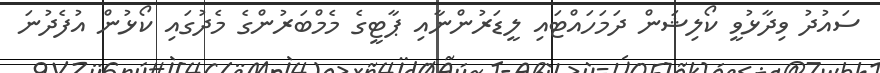
ސައުދު ވިދާޅުވީ ކޯލިޝަން ދަމަހައްޓައި ލީޑަރުންނާއި ޕާޓީގެ މެމްބަރުންގެ މެދުގައި ކޯޅުން އުފެދުނަ